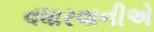
વધારવાનીએ